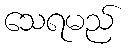
သေရမည်